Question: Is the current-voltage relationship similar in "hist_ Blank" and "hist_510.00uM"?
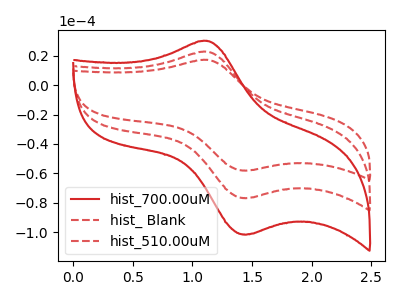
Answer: <think>The red curve "hist_700.00uM" has an anodic peak at (1.10V, 45.60uA) and a cathodic peak at (1.45V, -153.50uA). The red dashed curve "hist_ Blank" has an anodic peak at (1.10V, 17.25uA) and a cathodic peak at (1.45V, -58.05uA). The red dashed curve "hist_510.00uM" has an anodic peak at (1.10V, 22.80uA) and a cathodic peak at (1.45V, -76.75uA).
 All the peaks in "hist_ Blank" have a peak in "hist_510.00uM" at the same potential. Every peak in "hist_ Blank" is lower than every peak in "hist_510.00uM".</think>
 <answer>"hist_ Blank" and "hist_510.00uM" are similar in shape.</answer>
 <eval>same_shape</eval>